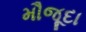
મૌજૂદા